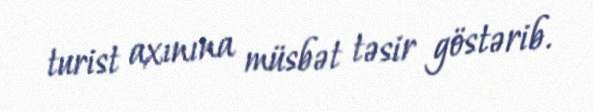
turist axınına müsbət təsir göstərib.